Vaccination in the Punjab 1919-1929 - 1919-1929
Year: 1919
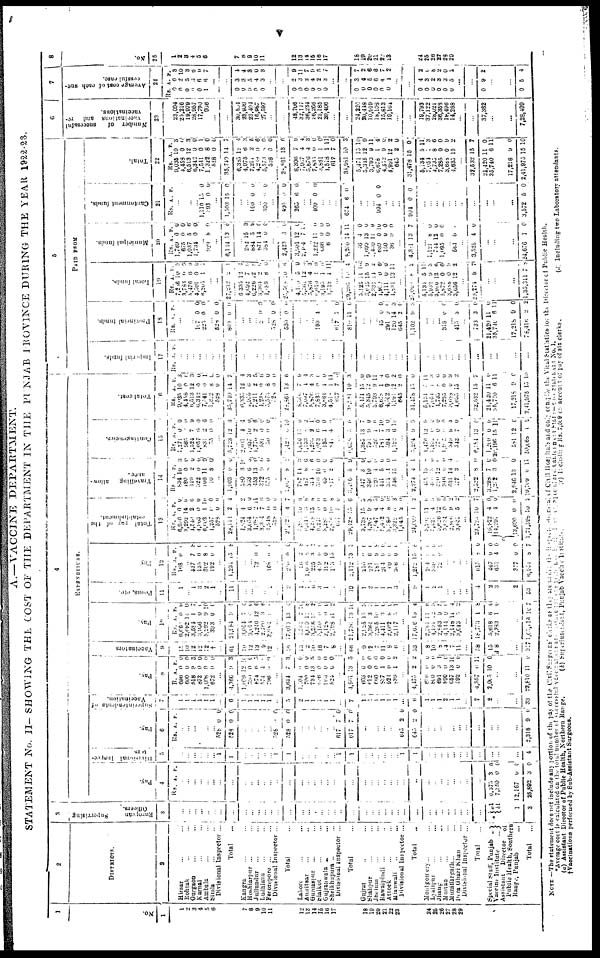
v
A.—VACCINE DEPARTMENT.
STATEMENT No. II- SHOWING THE COST OF THE DEPARTMENT IN THE PUNJAB PROV1NCE DURING THE YEAR 1922-23.
1
No.
1
1
2
3
4
5
6
7
8
9
10
11
12
13
14
15
16
17
18
19
20
21
22
23
24
25
26
27
28
29
2
DISTRICTS.
2
Hissar ... ...
Rohtak ... ...
Gurgaon ... ...
Karnal ... ...
Ambala ... ...
Simla ... ...
Divisional Inspector ...
Total ...
Kangra ... ...
Hoshiarpur ... ...
Jullundur
...
Ludhiana ... ...
Ferozepore ...
...
Divisional Inspector ...
Total ...
Lahore ... ...
Amritsar
...
...
Gurudaspur
... ...
Sialkot ... ...
Gujranwala ... ...
Sheikhupura .. ...
Divisional Inspector ...
Total ...
Gujrat ... ...
Shahpur ... ...
Jhelum ... ...
Rawalpindi
...
...
Attock
...
...
Mianwali ... ...
Divisional Inspector
...
Total ...
Montgorrery... ...
Lyallpur ... ...
Jhang ... ...
Multan ... ...
Muzaffargarh ... ...
Dera Ghazi Khan
Divisional Inspector ...
Total
...
Special Staff, Punjab
...
Vaccine Institute
...
Assistant
Director
of
Public Health, Southern
Range, Punjab
...
Total
...
3
European
Supervising
Officers.
3
...
...
...
...
...
...
...
...
...
...
... ...
...
...
...
...
...
...
...
... ...
...
...
...
...
...
...
...
...
...
...
...
... ...
...
...
...
...
...
* a1
b1
1
3
4
EXPENDITURE.
Pay.
4
Rs. A. P.
...
... ...
...
... ...
...
...
...
...
...
... ...
...
...
...
... ...
... ...
...
...
...
...
...
...
...
... ...
...
...
...
...
...
...
...
...
...
...
6,375
7,350
12,167
25,692
3
0
0
3
0
6
0
0
Divisional Inspec-
tors
5
...
...
...
...
...
...
1
1
...
...
...
...
... 1
1
...
...
...
...
...
... 1
1
...
...
...
...
...
...
1
1
...
...
...
...
...
...
...
...
...
...
...
4
Pay.
6
Rs.
A. P.
... ...
...
...
...
... 528
528
0
0
0
0
...
...
...
...
...
328
528
0
0
0
0
...
...
...
...
...
...
617
617
7
7
0
0
...
...
...
...
...
...
645
645
2
2
0
0
...
...
...
...
... ...
...
...
...
...
...
2,318 9 6
Superintendents of
Vaccination.
7
1
1
1
1
1
1
...
6
1
1
1
1
1
...
5
2
1
1
1
1
1
...
7
1
1
1
1
1
1
...
6
1
1
1
2
1
1
...
7
2
... ...
33
Pay.
8
Rs.
696
600
518
872
1,608
672
A.
0
0
9
0
0
0
P.
0
0
3
0
0
0
...
4,366
1,099
590
674
574
796
9
12
0
6
4
0
3
10
0
3
0 0
...
3,644
1,104
700
734
936
963
524
7
0
0
13
0
0
0
3
0
0
5
0
0
0
...
4,961
603
612
660
837
921
839
13
0
0
0
1
0
1
5
0
0
0
0
0
2
...
4,475
636
890
691
890
657
592
2
0
0
3 0
13
0
2
0
0
1
0
10
0
...
4,357
2,005
0
10
11
0
...
...
23,810 11 0
Vaccinators
9
15
10
12
12
12
†
...
61
10
1 2
13
9
12
...
56
13
2
10
16
7
8
...
66
9
12
7
11
8
6
...
53
8
10
8 14
7
11
...
58
15
8
...
317
Pay.
10
Rs.
6,060
2,692
3,594
3,956
5,292
393
A.
0
14
1
0
9
0
P.
0
0
7
0
10
0
..
21,984
3,014
3,014
4,240
2,760
3,984
9
7
0
12
3
0
5
4
0
6
6
1
...
17,013
1,351
4,639
3,258
5,150
2,128
2,198
13
7
11
17
0
0
11
4
10
8
2
0
0
2
...
21,736
2,125
3,364
2,265
4,411
2,602
2,117
13
15
3
10
3
8
3
10
3
3
8
0
0
1
...
17,626
2,361
4,191
2,863
4,144
2,148
3,043
18
11
12
9 0
11
5
4
6
3 5
l
4
2
...
18,733
5,618
2,383
1
6
1
8
0
0
...
l,65,118 10
7
Peons, etc.
11
1
... 1
3
2
1
...
11
...
...
...
...
...
...
3
1
7
6
3
1
1 ...
19
1
2
1
1
1
3
...
9
1
2
1
...
...
...
...
4
2
3
2
53
Pay
12
Rs.
168
A.
0
P.
4
... 437
135
302
192
7
0
8
0
8
0
0
0
...
1,234 15 8
...
...
72 0 0
...
168 0 0
...
240
56
1,0 6
225
459
112
133
0
2
8
3
6
0
15
0
8
8
1
0
0
1
...
2,112
216
231
181
264
60
366
13
0
6
9
0
0
0
3
0
0
8
0
0
0
...
1,252
204
339
72
15
0
8
0
5
0
0
0
...
...
...
...
613
467
631
377
6,931
8
0
4
0
8
0
0
0
0
7
Total
pay of
the
establishment.
13
Rs.
6,930
3,292
1,546
4,963
6,603
1,257
528
28,119
4,624
3,004
4,987
3,314
4,918
528
21,421
5,810
6,310
4,218
6,241
3,285
2,816
617
29,428
3,738
4,207
3,947
5,412
3,486
3,322
1,045
24,009
3,201
3, 424
3,626
5,024
2,806
3,635
A.
0
14
2
0
1
0
0
2
4
6
2 7
0
0
4
10
3
15
0
0
10
4
15
15
9
4
4
8
6
2
1
11
4
12
0
9
5
P.
0
0
6
0
10
0
0
4
2
0
11
6
0
0
7
6
8
0
0
8
0
6
3
3 3
0
0
3
0
2
6
3
6 0
2 2
...
23,723
16,922
14,291
*13,690
1,71,598
10
4
4
0
10
7
0
0
0
2
Travelling
allow-
ance.
14
Rs.
834
180
449
322
106
10
A.
10
0
2
0
11
8
P.
3
0 0
0
9
0
..
1,903
280
333
453
372
575
0
3
6
13
9 8
0
10
... 0
0
0
...
2,015
787
487
124
336
43
817
8
14
8
2 10
0
2
1
3
6 6
0
0
0
...
3,416
347
346
220
441
371
546
5
3
10
4
5
14
15
9
0
0
0
0
0
1
...
2,274
435
468
330
346
531
107
4
13
3
12
0
14
3
1
8
0
0
0
4
0
...
2,322
3,298
1,272
2,946
19,109
8
7
3
13
0
0
0
0
0
11
Contingeneies.
15
Rs.
1,271
985
1,524
1,057
831
35
A.
0
0 7
0
2
0
P.
0
0
9
0
6
0
...
5,723
2,031
1,037
1,770
531
30
12
4
10
2 0
0
3
4
0
6
0
0
...
3,420
1,656
1,133
1,233
1, 053
135
840
0
15
8 2
6
1
4
10
0
2
1
0
0
0
...
6,035
1,385
791
326
784
394
1,122
3
13
9
1
7 3
6
0
7
0
6
0
0
10
...
5,204
1,476
1,232 778
1,902
349
543
9
12
0
0
0 9
7
9
9
0 0
0
3
0
...
6,184
1,200
20,196
581
50,068
13
0
15
12
4
0
0
11
0
0
Total cost.
16
Rs.
9,035
4,458
6,513
6,312
7,541
1,322
528
35,710
6,335
6,975
7,211
4,238
5,573
328
28,861
8,360
7,987
5,876
7,835
3,861
4,518
617
38,151
5,171
5,345
3,793
6,678
4,352
1,981
645
31,478
5,134
7,054
1,735
7,285
3,688
4,635
A.
10
0
12
0
0
8
0
14
12
6
2
0
8
0
13
7
1
4
0
1
1
7
10
15
12
9
1
9
12
2
15
7
1
8
0
0
15
P.
3
0
3
0 1
0
0
7
4
3
5
6
0
0
6
9
4
3
0
0
11
0
3
0
9
11
4
0
2
0
0
11
3 6
0
9
2
...
32,532
21,420
35,710
17,218
2,41,075
15
11
6
9
15
7
0
11
0
10
5
PAID FROM
Imperial funds.
17
Rs. A. P.
...
...
...
...
...
...
...
...
...
...
...
...
...
...
...
...
...
...
...
...
...
...
...
...
...
...
...
...
...
...
...
...
...
...
...
...
...
...
...
...
...
...
...
Provincial funds.
18
Rs. A. P.
...
...
...
107
225
0
0
0
0
...
528
869
0
0
0
0
...
...
...
2
0 0
...
528
530
0
0
0
0
...
...
...
193 4 1
...
...
617
810
7
11
0
0
...
...
...
45
291
120
645
1,102
0
0
14
2
9
0
0
3
0
3
...
...
...
315 0 0
...
415 3 0
...
733
21,420
35,740
17,218
78,416
3
11
6
9
2
0
0
11
0
2
Local funds.
19
Rs.
7,206
3,783
5,476
4,501
6,207
A.
10
0
6
0
1
P.
3 0
9
0
1
...
...
27,232
6,335
4,692
6,226
3,364
4,889
2
12
7
12
2
8
1
4
6
8
0
0
...
25, 5085
4,139
5,562
5,870
6,019
3,195
1,312
10
5
12
4
3
1
1
6
0
3 3
0
0
11
..
29,295
5,125
3,645
2,332
1,950
4,111
4,834
10
11
15
14
0
0
13
4
10
9
2
6
0
11
...
25,003
5,134
5,952
3,990
5,872
3,638
3,656
8
5
9
12
0
0
12
2
11
3
6
0
9
2
..
28,274 8 7
..
... ...
1,35,311 7 8
Municipal funds.
20
Rs.
1,769
675
1,037
1,734
A.
0
0
5
0
P.
0
0
6
0
...
929
8 0
...
6,144 13 6
...
282
884
871
384
15
5
14
0
3
9
0
0 ...
2,423
3,001
2,104
3
12
7
6
0
0
... 1,222
066
6
11
0
0
0
0
0
...
8,200
46
...
1,460
689
150
36
14
4
13
11
0
0
0
11
0
0
0
0
0
0
...
4,381
13 7
...
1,121
744
1,095
8
12
0
0
0
0
... 564 0 0
...
3,525 4 0
...
...
...
24,676
1 0
Cantonment funds.
21
Rs. A. P.
...
...
...
... 1,110
393
13
0
0
0
...
1,503 15 0
...
... 100 0 0
... 300 0 0
...
400
265
0
6
0
0
...
... 409 0 0
...
...
...
674 6
0
...
...
994 0 0
...
...
...
994 0
0
...
...
...
...
...
...
...
...
...
...
...
3,572 5 0
Total.
22
Rs.
9,035
4,458
6,513
6,342
7,541
1,322
528
35,740
6,335
4,975
7,211
4,288
5,573
52.8
28,861
8,306
7,067
5,876
7,835
3,831
1,518
617
38,981
5,471
5,315
3,793
0,678
4,552
4,991
645
31,478
5,134
7,054
4,735
7,285
3,688
4,635
A.
10
0
12
0
0
8
0
14
12
6
2
0 8
0
13
7
4
4
0
1
1
7
10
15
12
9
1
0
12
2
15
5
1
8
0
0
15
P. 3
0
3
0
1
0
0
7
4
3
5
6
0
0
6
9
4
3
0
0
11
0
3
10
9
11
4
0
2
0
0
11
3
6
0
9
2
...
32,532
21,420
35,740
17,218
2,41,975
15
11
6
9
15
7
0
11
0
10
6
Number
of
successful
vaccinations
and
re-
vaccinations.
23
23,094
25,216
19,079
28,957
17,790
936
...
...
30,504
23,999
23,404
16,987
27,597
...
...
48,706
32,117
36,234
26,266
25,185
20,406
...
...
24,220
20,448
10,919
18,108
15,813
19,164
...
...
19,793
37,122
28,024
36,353
18,496
14,268
...
...
37,362
...
...
7,28,499
7
Average cost of each suc-
cessful case.
24
Rs.
0
0
0
0 0
1
A.
6
2 5
3
6
6
P.
3
10
3
6
9
7
...
...
0
0
0
0
0
3
3
5
4
3
4
4
3
0
3
...
...
0
0
0
0
0
0
2
3
2
4
2
3
9
11
7
9 5
7
...
...
0
0
0
0
0 0
3
4
5
0
4
4
7
2
6
6
7
2
...
0
0
0
0
0
0
4
3
2
3
3
5
2
0
8
2
0
2
...
...
0 9 2
...
...
0 5 4
8
No.
25
1
2 3
4 5
6
7
8
9
10
11
12
13
14
15
16
17
18
19
20
21
22
23
24
25
26
27
28
29
NOTE —The statement does not include any portion of the pay of the Civil Surgeons Clerks as they are under the Inspection-Genral Civil Hospitals and only compile the Vital Statistics for the Director of Public Health.
*Average cost is calculated on the total number of successful vaccinations is and revaccination performed by the District, Spacial Cant onment Staffs—vide Statement No.I
(a) Assistant Director of Public Health, Northern Range.
(b) Superintendent,
Punjab Vaccine
Institute.
(c) Including
Rs. 7,509.00 account of pay of six clerks.
(d) Including two Laboratory attendants.
†Vaccinations performed by Sub-Assistant Surgeous.